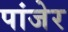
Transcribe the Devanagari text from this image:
पांजेर